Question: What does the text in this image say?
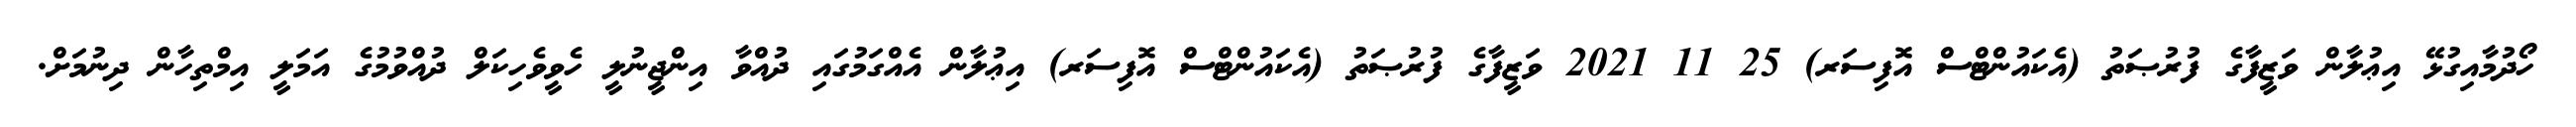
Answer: ހޯދުމާއިގުޅޭ އިޢުލާން ވަޒީފާގެ ފުރުޞަތު (އެކައުންޓްސް އޮފިސަރ) 25 11 2021 ވަޒީފާގެ ފުރުޞަތު (އެކައުންޓްސް އޮފިސަރ) އިޢުލާން އެއްގަމުގައި ދުއްވާ އިންޖީނުލީ ހެވީވެހިކަލް ދުއްވުމުގެ އަމަލީ އިމްތިހާން ދިނުމަށް.